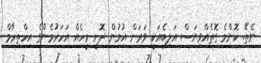
ނެތޭ. ކޮންމެ ގޮތެއްވިޔަސް އަލިބެއަކީ ވަރަށް އުމުން ދޮށީ މީހެއް އަހަރުމެންގެ އިހްތިރާމް